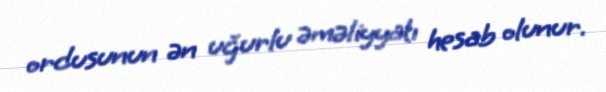
ordusunun ən uğurlu əməliyyatı hesab olunur.